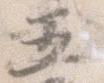
五